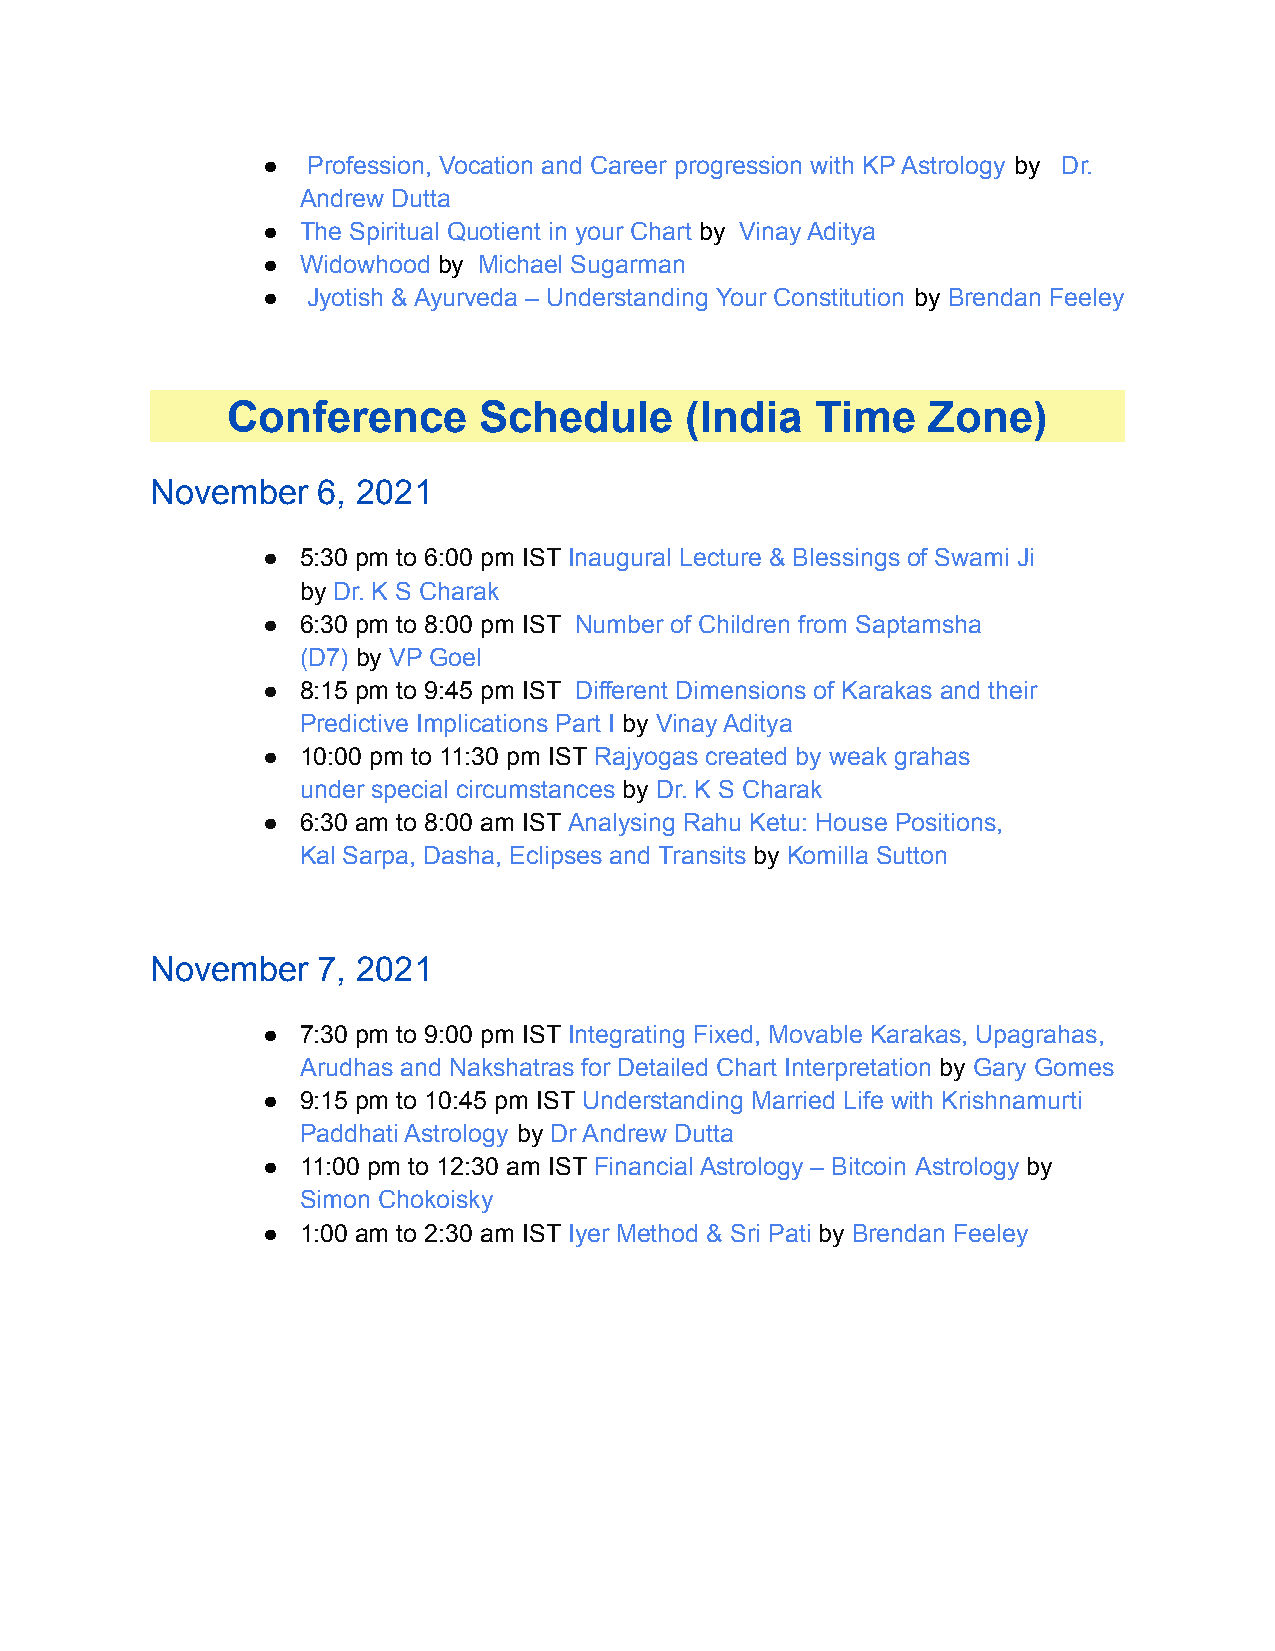
●  Profession, Vocation and Career progression with KP Astrology by Dr.
 Andrew Dutta
 ●  The Spiritual Quotient in your Chart by Vinay Aditya
 ●  Widowhood by Michael Sugarman
 ●  Jyotish & Ayurveda – Understanding Your Constitution by Brendan Feeley
 Conference       Schedule     (India   Time   Zone)
 November   6, 2021
 ●  5:30 pm to 6:00 pm IST Inaugural Lecture & Blessings of Swami Ji
 by Dr. K S Charak
 ●  6:30 pm to 8:00 pm IST Number of Children from Saptamsha
 (D7) by VP Goel
 ●  8:15 pm to 9:45 pm IST Different Dimensions of Karakas and their
 Predictive Implications Part I by Vinay Aditya
 ●  10:00 pm to 11:30 pm IST Rajyogas created by weak grahas
 under special circumstances by Dr. K S Charak
 ●  6:30 am to 8:00 am IST Analysing Rahu Ketu: House Positions,
 Kal Sarpa, Dasha, Eclipses and Transits by Komilla Sutton
 November   7, 2021
 ●  7:30 pm to 9:00 pm IST Integrating Fixed, Movable Karakas, Upagrahas,
 Arudhas and Nakshatras for Detailed Chart Interpretation by Gary Gomes
 ●  9:15 pm to 10:45 pm IST Understanding Married Life with Krishnamurti
 Paddhati Astrology by Dr Andrew Dutta
 ●  11:00 pm to 12:30 am IST Financial Astrology – Bitcoin Astrology by
 Simon Chokoisky
 ●  1:00 am to 2:30 am IST Iyer Method & Sri Pati by Brendan Feeley